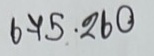
675 = 260